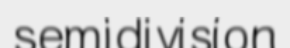
semidivision